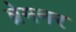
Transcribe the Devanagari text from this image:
ब्रेमनर